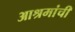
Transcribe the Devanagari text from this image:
आश्रमांची